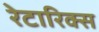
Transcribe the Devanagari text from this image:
रेटारिक्स